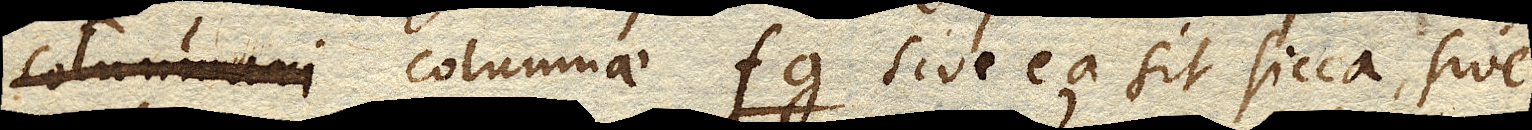
columnae fg sive ea sit sicca, sive